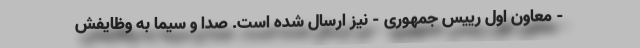
- معاون اول رییس جمهوری - نیز ارسال شده است. صدا و سیما به وظایفش